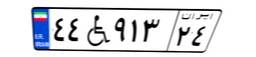
۴۴W۹۱۳۲۴